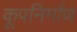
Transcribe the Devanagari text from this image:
कूपनिर्माण